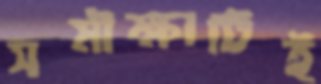
সমীক্ষাটিই